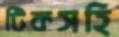
টিকসহি